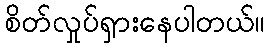
စိတ်လှုပ်ရှားနေပါတယ်။